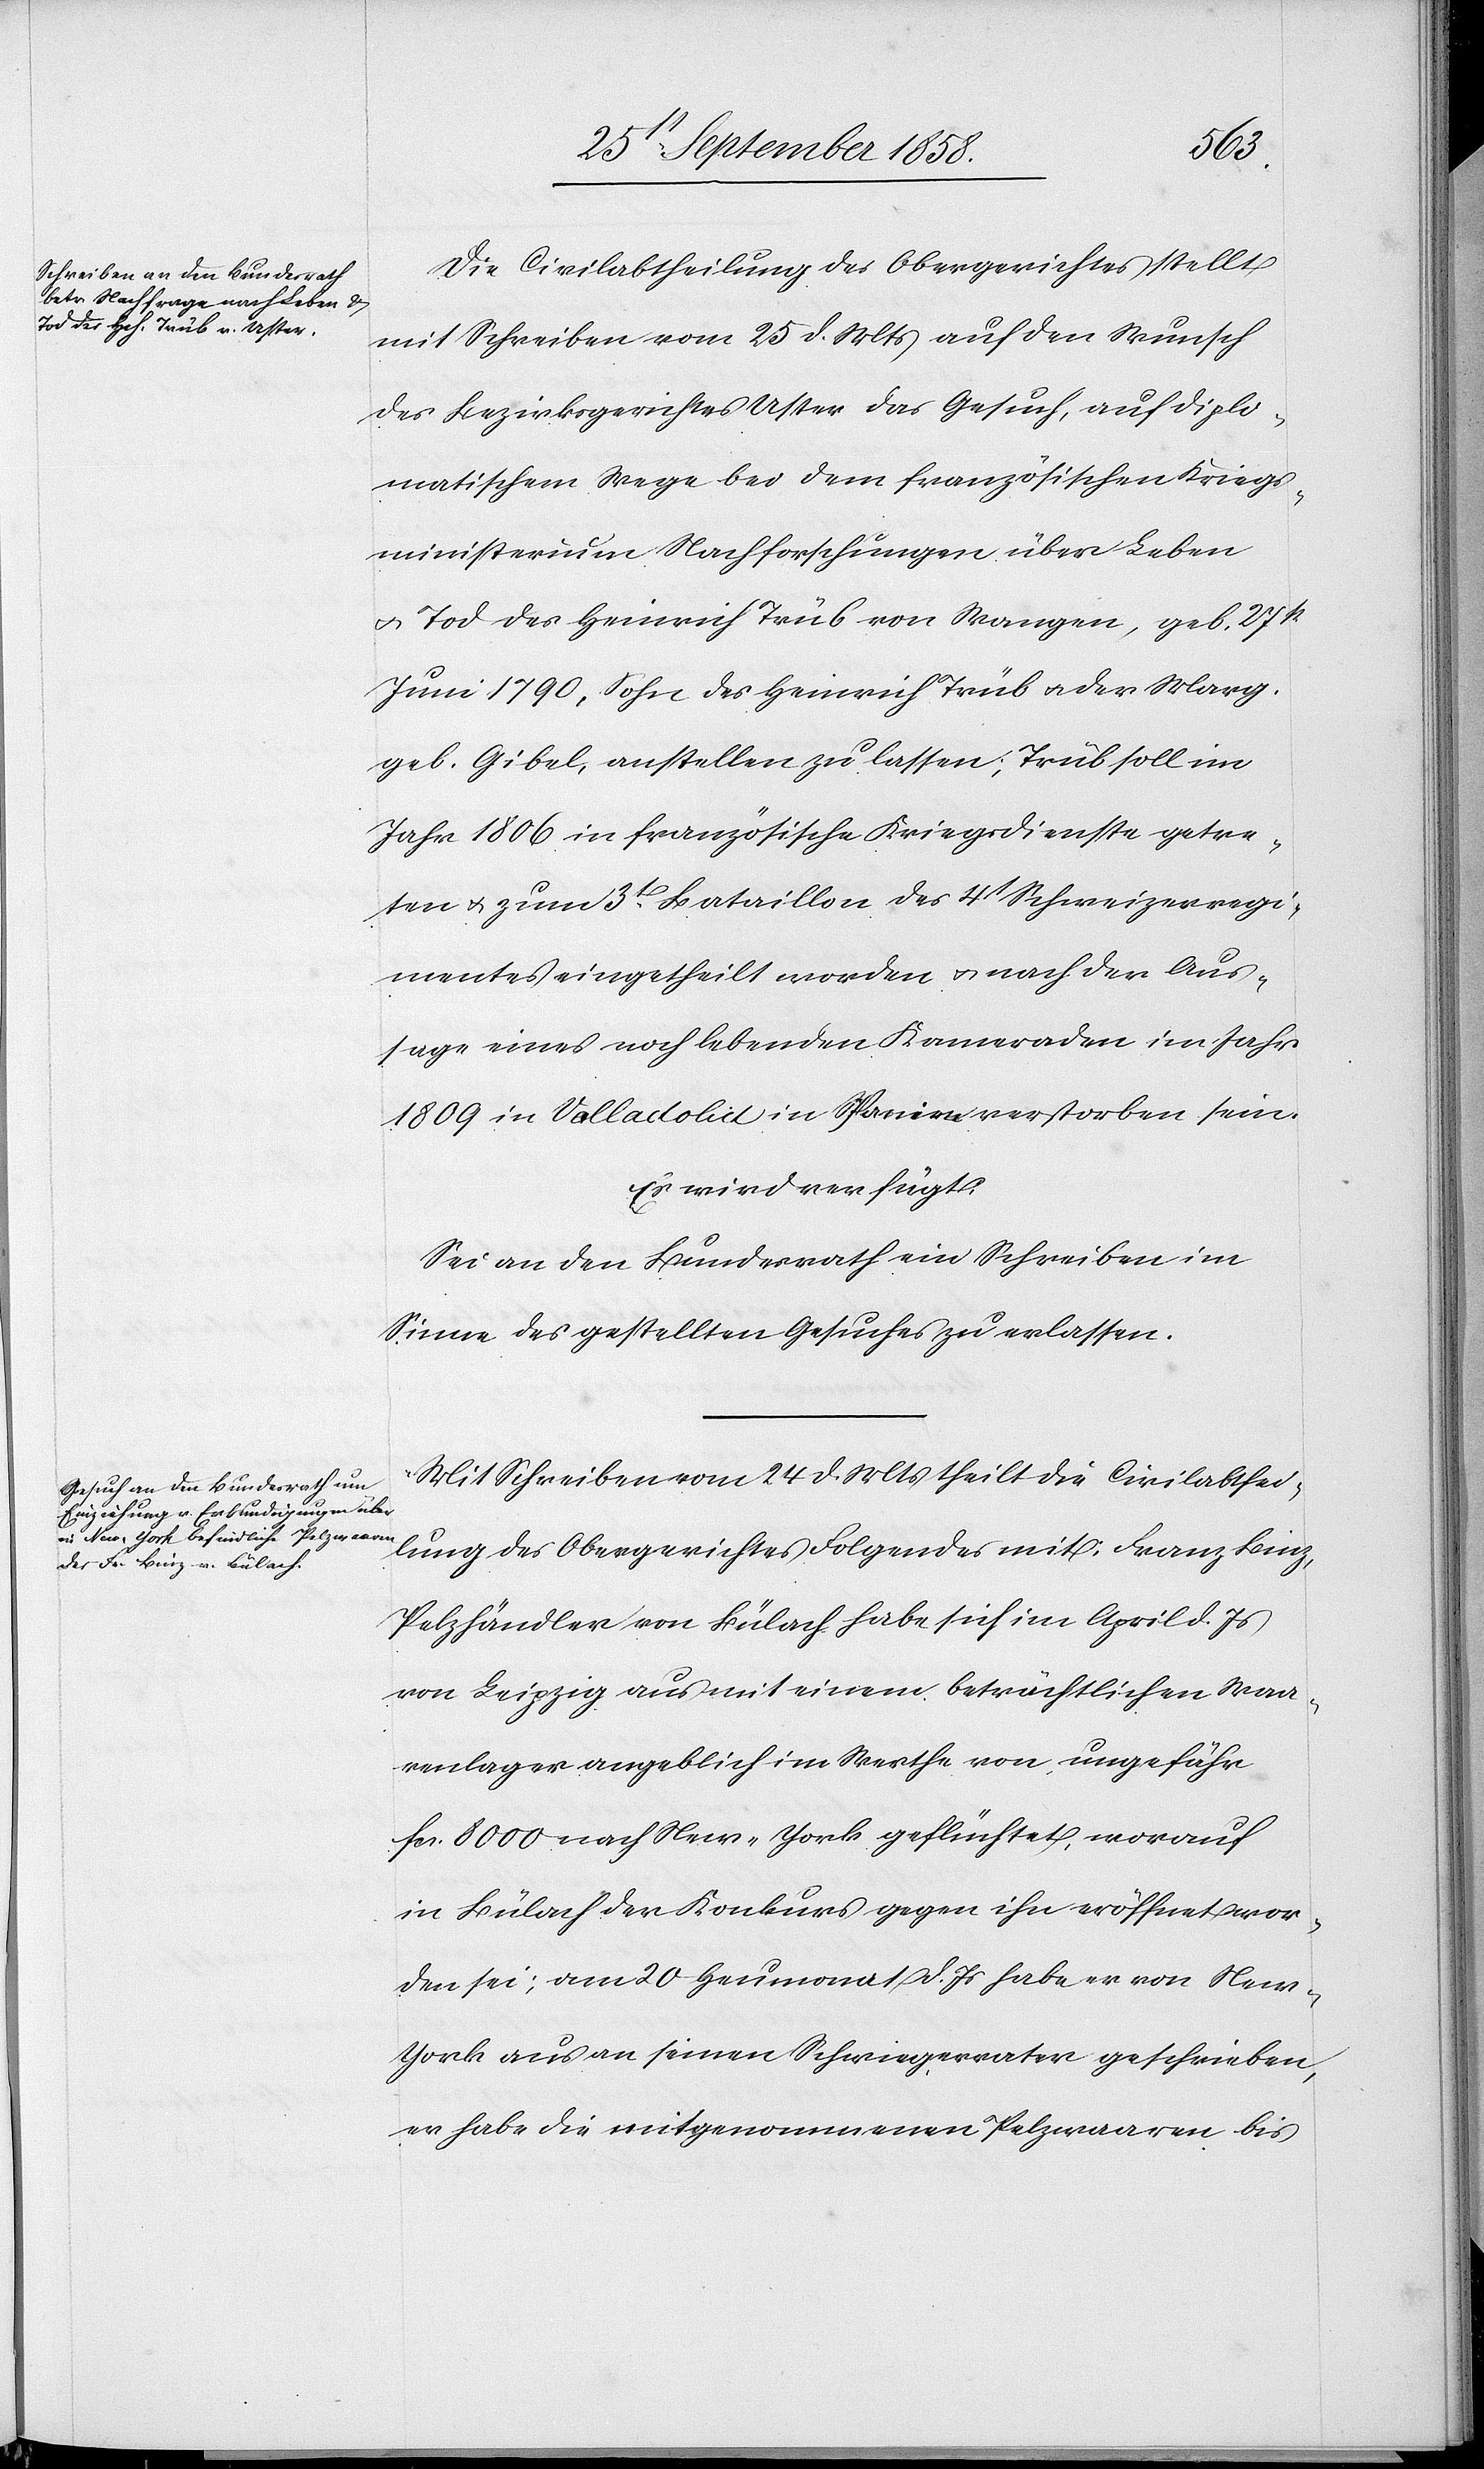
den
25 September 1858.]
Die Civilabtheilung des Obergerichtes stellt
mit Schreiben vom 25 d. Mts auf den Wunsch
des Bezirksgerichtes Uster das Gesuch, auf diplo¬
matischem Wege bei dem französischen Kriegs¬
ministerium Nachforschungen über Leben
& Tod des Heinrich Trüb von Wangen, geb. 27st
Juni 1790, Sohn des Heinrich Trüb & der Marg.
geb. Gibel, anstellen zu lassen; Trüb soll im
Jahr 1806 in französische Kriegsdienste getre¬
ten & zum 3t. Bataillon des 4t Schweizerregi¬
mentes eingetheilt worden & nach der Aus¬
sage eines noch lebenden Kameraden im Jahr
1809 in Valladolid in Spanien verstorben sein.
Es wird verfügt:
Sei an den Bundesrath ein Schreiben im
Sinne des gestellten Gesuches zu erlassen.
Mit Schreiben vom 24 d. Mts theilt die Civilabthei¬
lung des Obergerichtes Folgendes mit: Franz Binz,
Pelzhändler von Bülach habe sich im April d. Js
von Leipzig aus mit einem beträchtlichen Waa¬
renlager angeblich im Werthe von ungefähr
fcs. 8000 nach New-York geflüchtet, worauf
in Bülach der Konkurs gegen ihn eröffnet wor¬
den sei; am 20 Heumonat d. Js habe er von New-Y¬
ork aus an seinen Schwiegervater geschrieben,
er habe die mitgenommenen Pelzwaaren bis